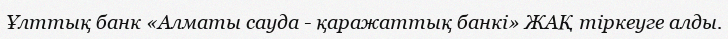
Ұлттық банк «Алматы сауда - қаражаттық банкі» ЖАҚ тіркеуге алды.